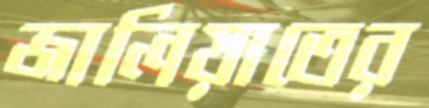
জালিয়াতের